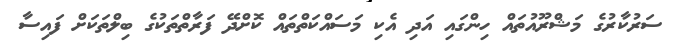
ސަރުކާރުގެ މަޝްރޫއުތައް ހިންގައި އަދި އެކި މަސައްކަތްތައް ކޮށްދޭ ފަރާތްތަކުގެ ބިލްތަކަށް ފައިސާ